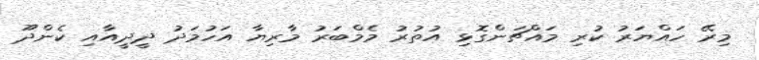
މިރޭ ހައްޔަރު ކުރި މައްޗަންގޮޅި އުތުރު މެމްބަރު މާރިޔާ އަހުމަދު ދީދީއާއި ކެންދޫ